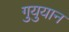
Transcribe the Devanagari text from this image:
गुयुयान